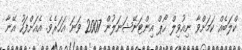
ކްލަބެއް ކަމަށްވާ ނިއުވިލް ހޯޕް އިންޓަނޭޝަނަލުން 2007 ވަނަ އަހަރެވެ. އެއަށްފަހު އޭނާ